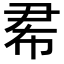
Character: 𢂜